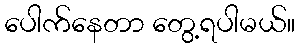
ပေါက်နေတာ တွေ့ရပါမယ်။